Annual statistical returns and brief notes on vaccination in Bengal - 1909-1929
Year: 1909
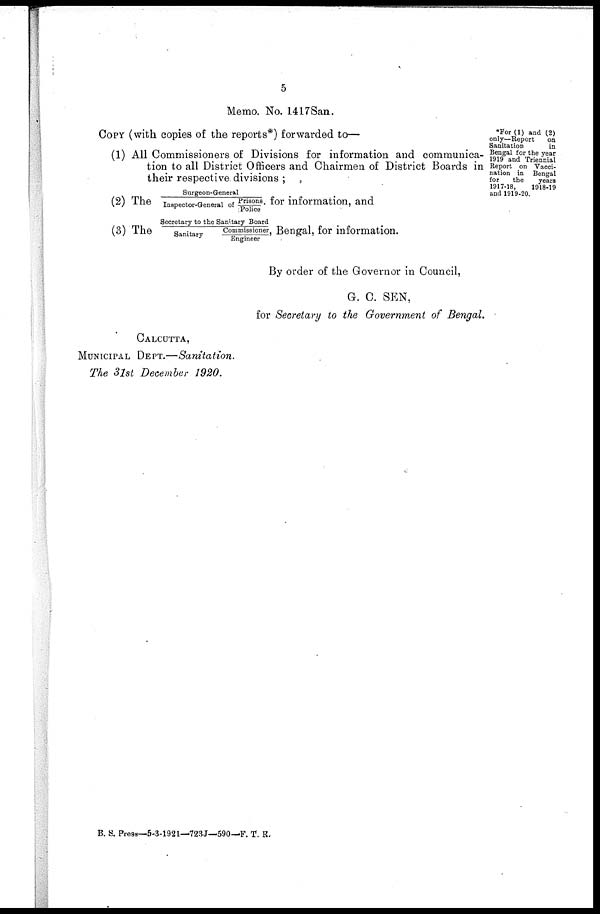
5
Memo. No. 1417San.
*For (1) and (2)
only—Report
on
Sanitation
in
Bengal for the year
1919 and Triennial
Report on Vacci-
nation in Bengal
for
the
years
1917-18,
1918-19
and 1919-20.
COPY (with copies of the reports*) forwarded to—
(1) All Commissioners of Divisions for information and communica-
tion to all District Officers and Chairmen of District Boards in
their respective divisions ;
(2) The
Surgeon-General
Inspector-General of Prisons.
Police
for information, and
(3) The
Secretary to the Sanitary Board
Sanitary
Commissioner,
Engineer
Bengal, for information.
By order of the Governor in Council,
G. C. SEN,
for Secretary to the Government of Bengal.
CALCUTTA,
MUNICIPAL DEPT.—Sanitation.
The 31st December 1920.
B. S. Press—5-3-1921—723J—590—F. T. R.